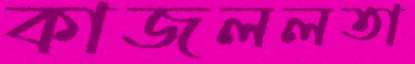
কাজললতা